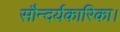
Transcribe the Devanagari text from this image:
सौन्दर्यकारिका।